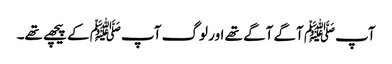
آپﷺ آگے آگے تھے اور لوگ آپﷺ کے پیچھے تھے۔